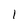
Character: l